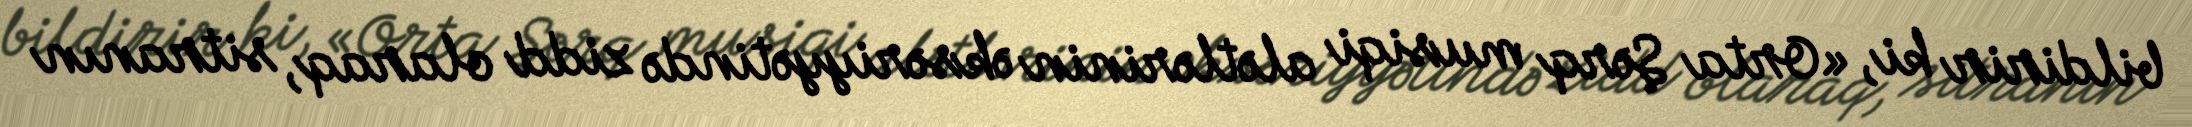
bildirir ki, «Orta Şərq musiqi alətlərinin əksəriyyətində zidd olaraq, sitranın